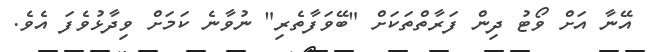
އޭނާ އަށް ވޯޓު ދިން ފަރާތްތަކަށް "ބޭވަފާތެރި" ނުވާނެ ކަމަށް ވިދާޅުވެފަ އެވެ.